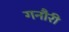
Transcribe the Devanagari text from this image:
गनौरी